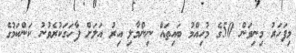
މިފަހަރު މިނިވަން 50ގެ މުހިއްމު ބައިތައް ނިންމާލި އިރު އަލަށް ފާހަގަކުރެވުނު ކަންކަމުގެ